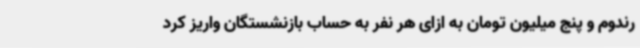
رندوم و پنج میلیون تومان به ازای هر نفر به حساب بازنشستگان واریز کرد